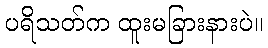
ပရိသတ်က ထူးမခြားနားပဲ။